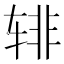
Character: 𰺎